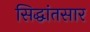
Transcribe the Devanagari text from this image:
सिद्धांतसार